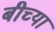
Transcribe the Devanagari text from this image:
बीच्या